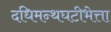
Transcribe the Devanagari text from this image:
दधिमन्थघटीभेत्ता